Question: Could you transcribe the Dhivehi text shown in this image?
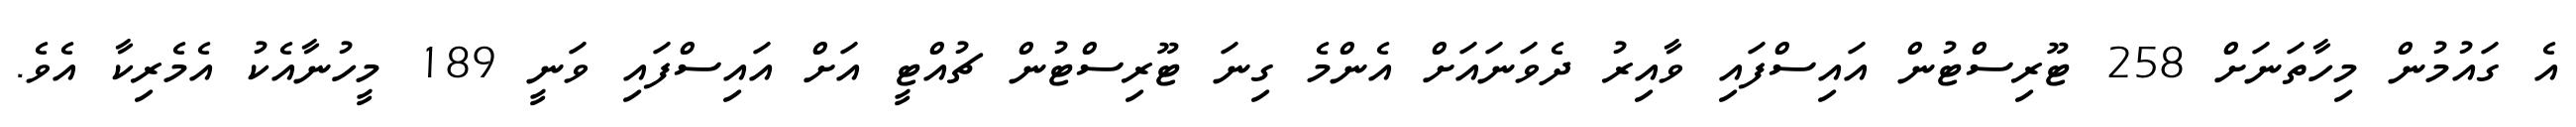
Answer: އެ ގައުމުން މިހާތަނަށް 258 ޓޫރިސްޓުން އައިސްފައި ވާއިރު ދެވަނައަށް އެންމެ ގިނަ ޓޫރިސްޓުން ޗުއްޓީ އަށް އައިސްފައި ވަނީ 189 މީހުނާއެކު އެމެރިކާ އެވެ.